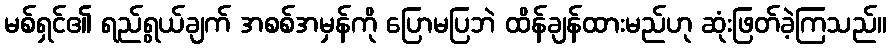
မစ်ရှင်၏ ရည်ရွယ်ချက် အစစ်အမှန်ကို ပြောမပြဘဲ ထိန်ချန်ထားမည်ဟု ဆုံးဖြတ်ခဲ့ကြသည်။